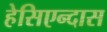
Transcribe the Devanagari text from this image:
हेसिएन्दास